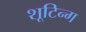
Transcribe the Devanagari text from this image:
शूटिन्ग